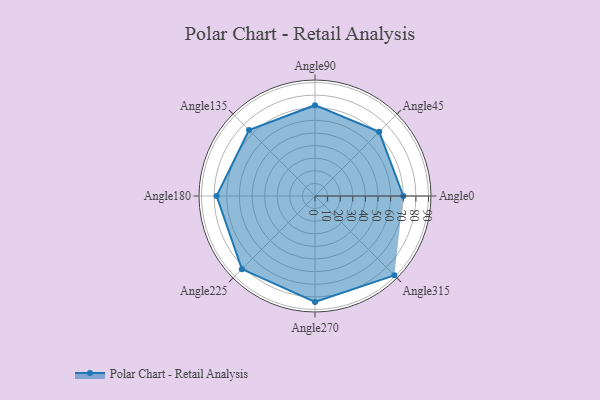
{"axis": {"x": "Angle", "y": "Radius"}, "legend": [""], "data": [{"x": "Angle0", "y": 70.0, "type": ""}, {"x": "Angle45", "y": 72.0, "type": ""}, {"x": "Angle90", "y": 72.0, "type": ""}, {"x": "Angle135", "y": 74.0, "type": ""}, {"x": "Angle180", "y": 78.0, "type": ""}, {"x": "Angle225", "y": 82.0, "type": ""}, {"x": "Angle270", "y": 84.0, "type": ""}, {"x": "Angle315", "y": 89.0, "type": ""}]}